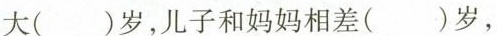
大（ ），儿子和妈妈相差（ ）岁，